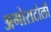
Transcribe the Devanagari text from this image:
अगोराटोली